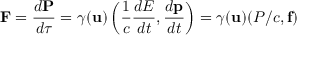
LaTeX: \mathbf { F } = { \frac { d \mathbf { P } } { d \tau } } = \gamma ( \mathbf { u } ) \left( { \frac { 1 } { c } } { \frac { d E } { d t } } , { \frac { d \mathbf { p } } { d t } } \right) = \gamma ( \mathbf { u } ) ( P / c , \mathbf { f } )